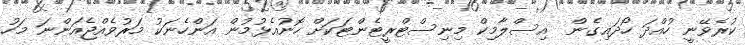
ކުރެވޭނީ ހުއްދަ ހޯދައިގެން  އިސްލާމިކް މިނިސްޓްރީޓެންޓަކަށް ހޮނުއެޅުމުން އަންހެނަކު މަރުވެއްޖެއަންނަ މަހު